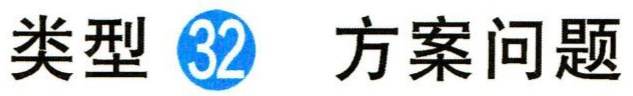
类型 \textcircled{32} 方案问题